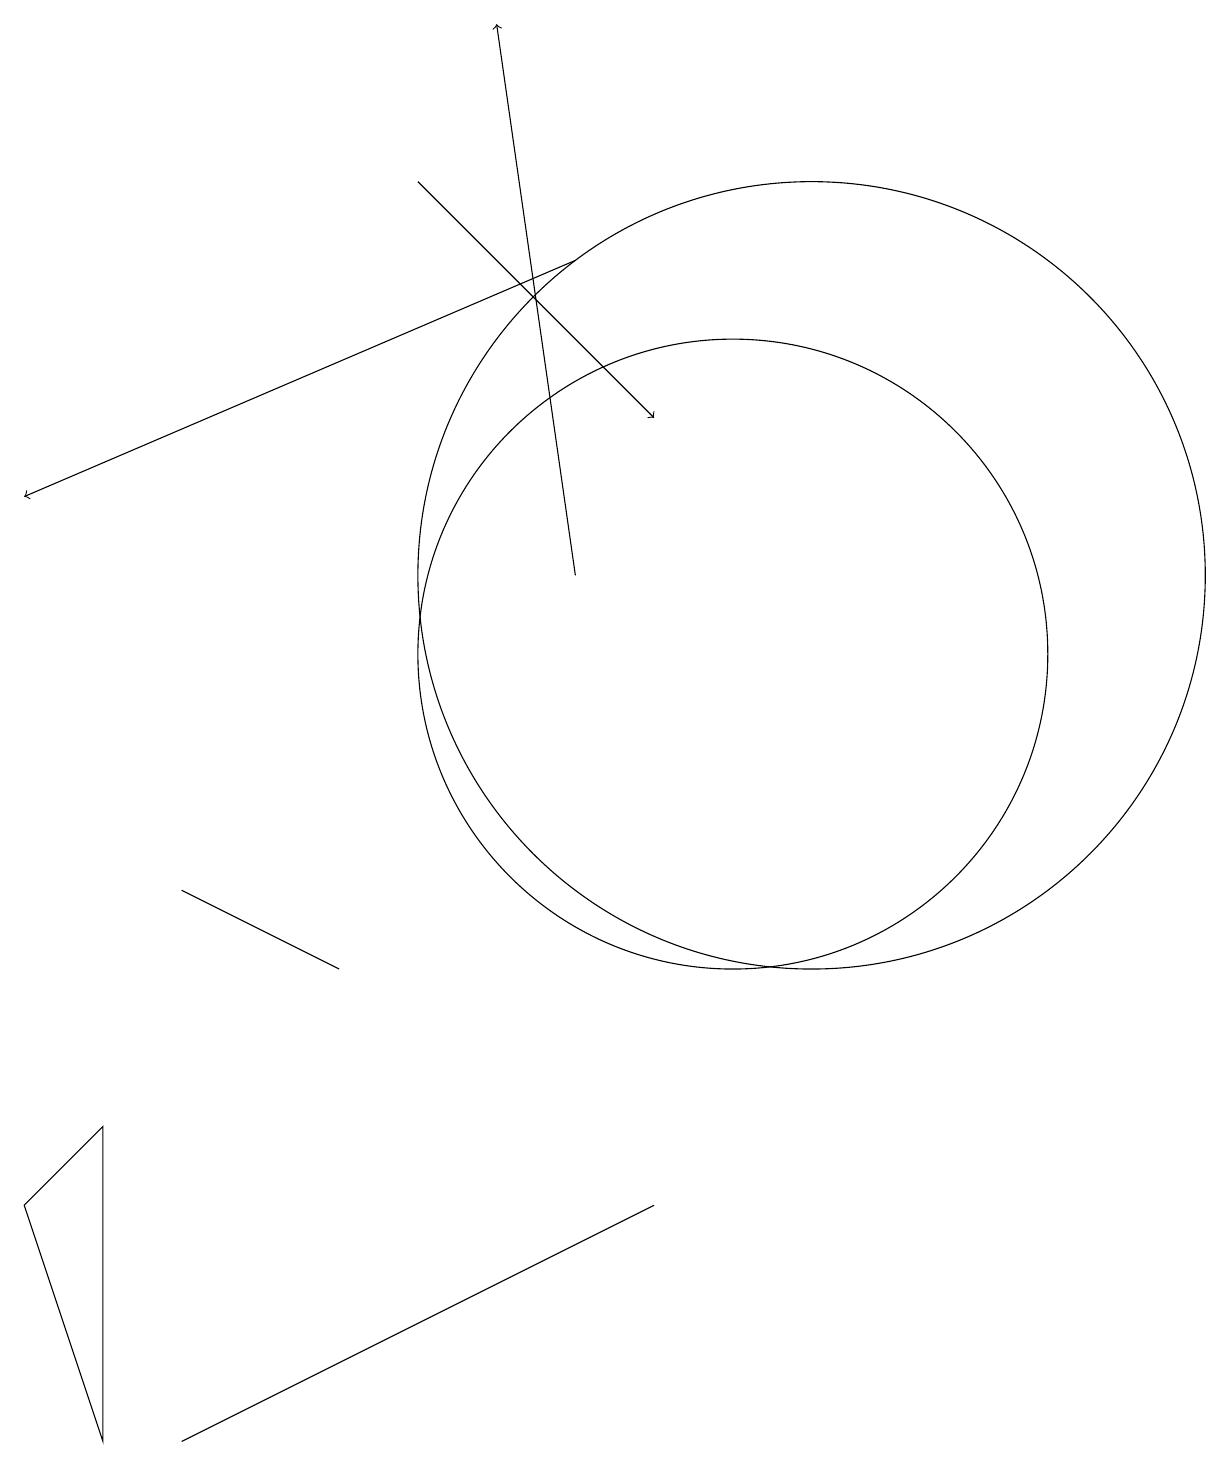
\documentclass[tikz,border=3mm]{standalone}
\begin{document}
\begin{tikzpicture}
\draw (10,10) circle (4);
\draw[->] (6,16) -- (9,13);
\draw[->] (8,11) -- (7,18);
\draw[->] (8,15) -- (1,12);
\draw (11,11) circle (5);
\draw (3,0) -- (9,3) -- (5,1) -- cycle;
\draw (2,4) -- (1,3) -- (2,0) -- cycle;
\draw (5,6) -- (5,6) -- (3,7) -- cycle;
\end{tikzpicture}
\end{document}